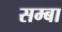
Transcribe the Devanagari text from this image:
सम्बा